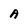
Character: A